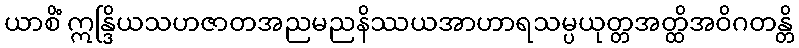
ယာစိံ ဣန္ဒြိယသဟဇာတအညမညနိဿယအာဟာရသမ္ပယုတ္တအတ္ထိအဝိဂတန္တိ